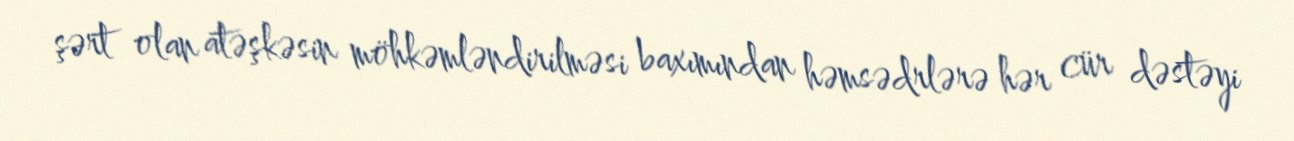
şərt olan atəşkəsin möhkəmləndirilməsi baxımından həmsədrlərə hər cür dəstəyi